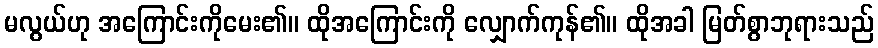
မလွယ်ဟု အကြောင်းကိုမေး၏။ ထိုအကြောင်းကို လျှောက်ကုန်၏။ ထိုအခါ မြတ်စွာဘုရားသည်